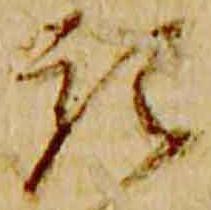
預